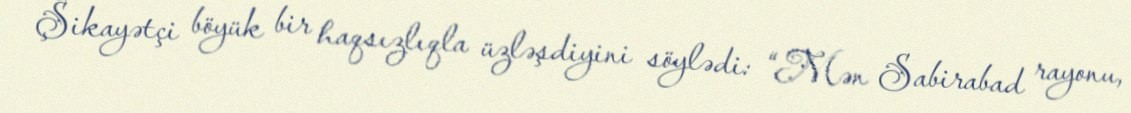
Şikayətçi böyük bir haqsızlıqla üzləşdiyini söylədi: “Mən Sabirabad rayonu,